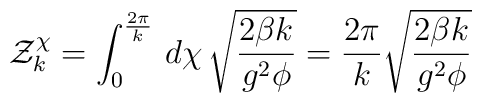
{\cal Z}_{k}^{\chi}= \int^{\frac{2\pi}{k}}_{0}\, d\chi\, \sqrt{\frac{2\beta k}{g^{2}\phi}} = \frac{2\pi}{k} \sqrt{\frac{2\beta k}{g^{2}\phi}}